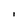
Character: I